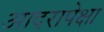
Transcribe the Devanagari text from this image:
आदरापेक्षा